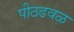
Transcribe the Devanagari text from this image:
पीठढवळ